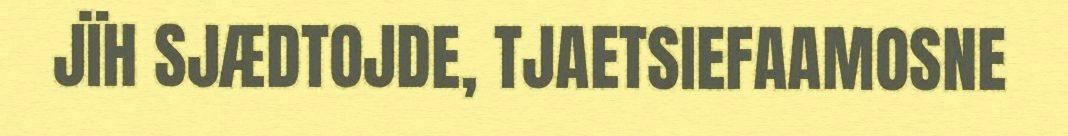
JÏH SJÆDTOJDE, TJAETSIEFAAMOSNE